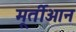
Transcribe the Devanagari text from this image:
मूर्तीआन